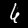
Label: 6